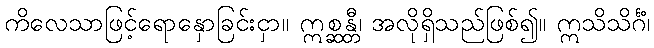
ကိလေသာဖြင့်ရောနှောခြင်းငှာ။ ဣစ္ဆန္တီ၊ အလိုရှိသည်ဖြစ်၍။ ဣသိသိင်္ဂံ၊